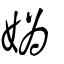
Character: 嬀